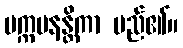
ပက္ကမနန္တိကာ မည်၏။